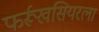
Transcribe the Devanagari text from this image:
फर्रूखसियरला